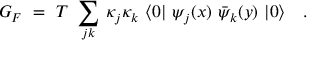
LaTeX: G _ { F } ~ = ~ T ~ \sum _ { j k } \, \kappa _ { j } \kappa _ { k } ~ \langle 0 | ~ \psi _ { j } ( x ) ~ \bar { \psi } _ { k } ( y ) ~ | 0 \rangle \quad .